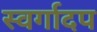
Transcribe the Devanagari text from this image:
स्वर्गादप